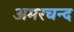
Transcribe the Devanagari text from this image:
अमरचन्द